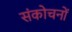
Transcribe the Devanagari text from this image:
संकोचनों